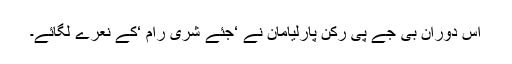
اس دوران بی جے پی رکن پارلیامان نے ‘جئے شری رام ‘کے نعرے لگائے۔